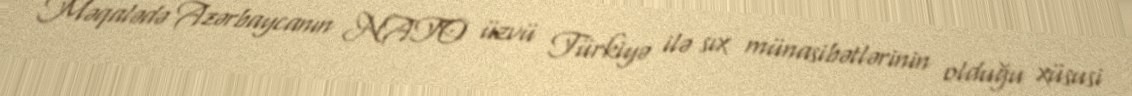
Məqalədə Azərbaycanın NATO üzvü Türkiyə ilə sıx münasibətlərinin olduğu xüsusi